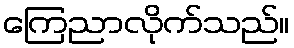
ကြေညာလိုက်သည်။